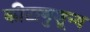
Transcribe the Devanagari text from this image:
कीटाणुशून्य